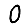
Digit: 0